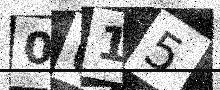
Text: 0U15